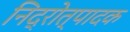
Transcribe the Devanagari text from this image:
निद्रोत्पादक